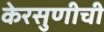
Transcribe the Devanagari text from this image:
केरसुणीची